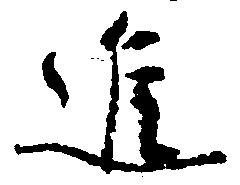
進